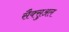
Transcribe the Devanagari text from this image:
सैक्सुअल